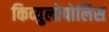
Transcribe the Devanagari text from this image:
किव्युलोपोलिस